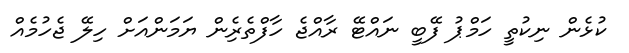
ކުޅެން ނިކުތީ ހަމްޕު ފޭބީ ނައްޓޭ ރާއްޖެ ހާފްތެރެިން ޔަމަންއަށް ހިލޭ ޖެހުމެއް